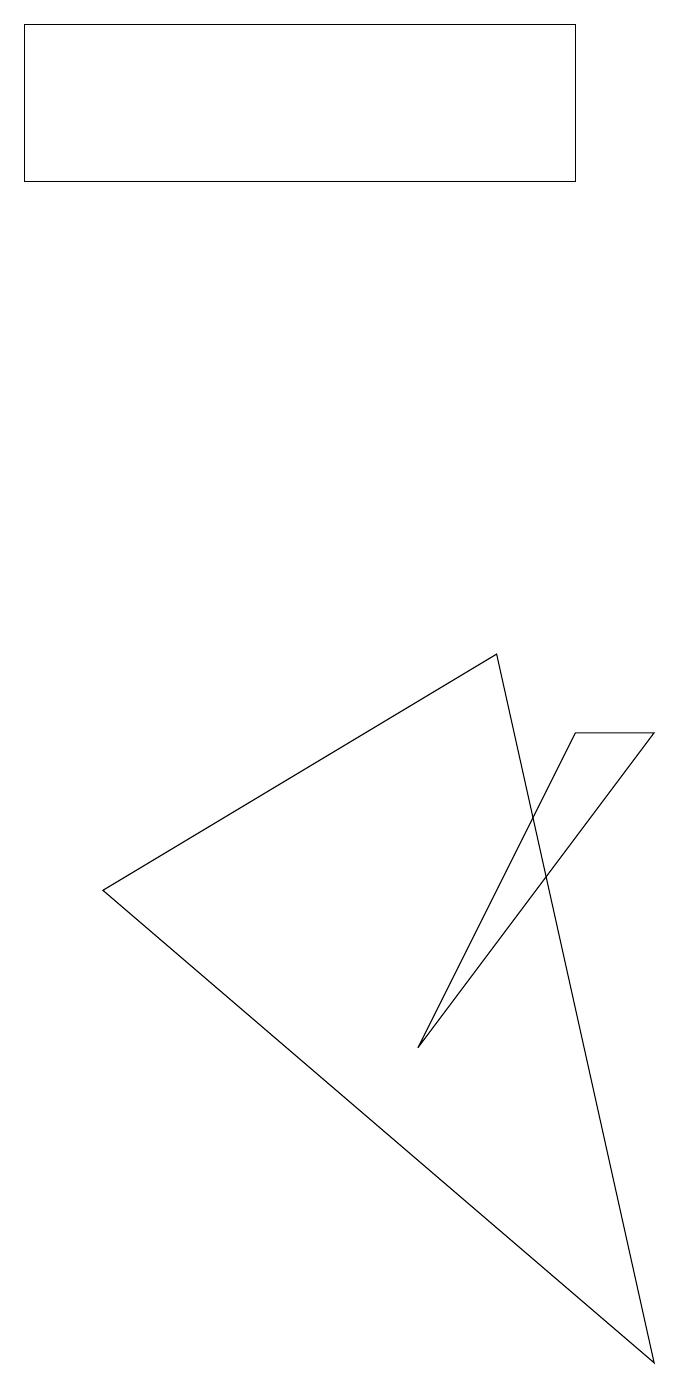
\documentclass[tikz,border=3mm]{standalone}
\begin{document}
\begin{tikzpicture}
\draw (6,9) -- (1,6) -- (8,0) -- cycle;
\draw (7,8) -- (8,8) -- (5,4) -- cycle;
\draw (7,15) rectangle (0,17);
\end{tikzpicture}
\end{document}